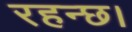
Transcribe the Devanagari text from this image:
रहन्छ।